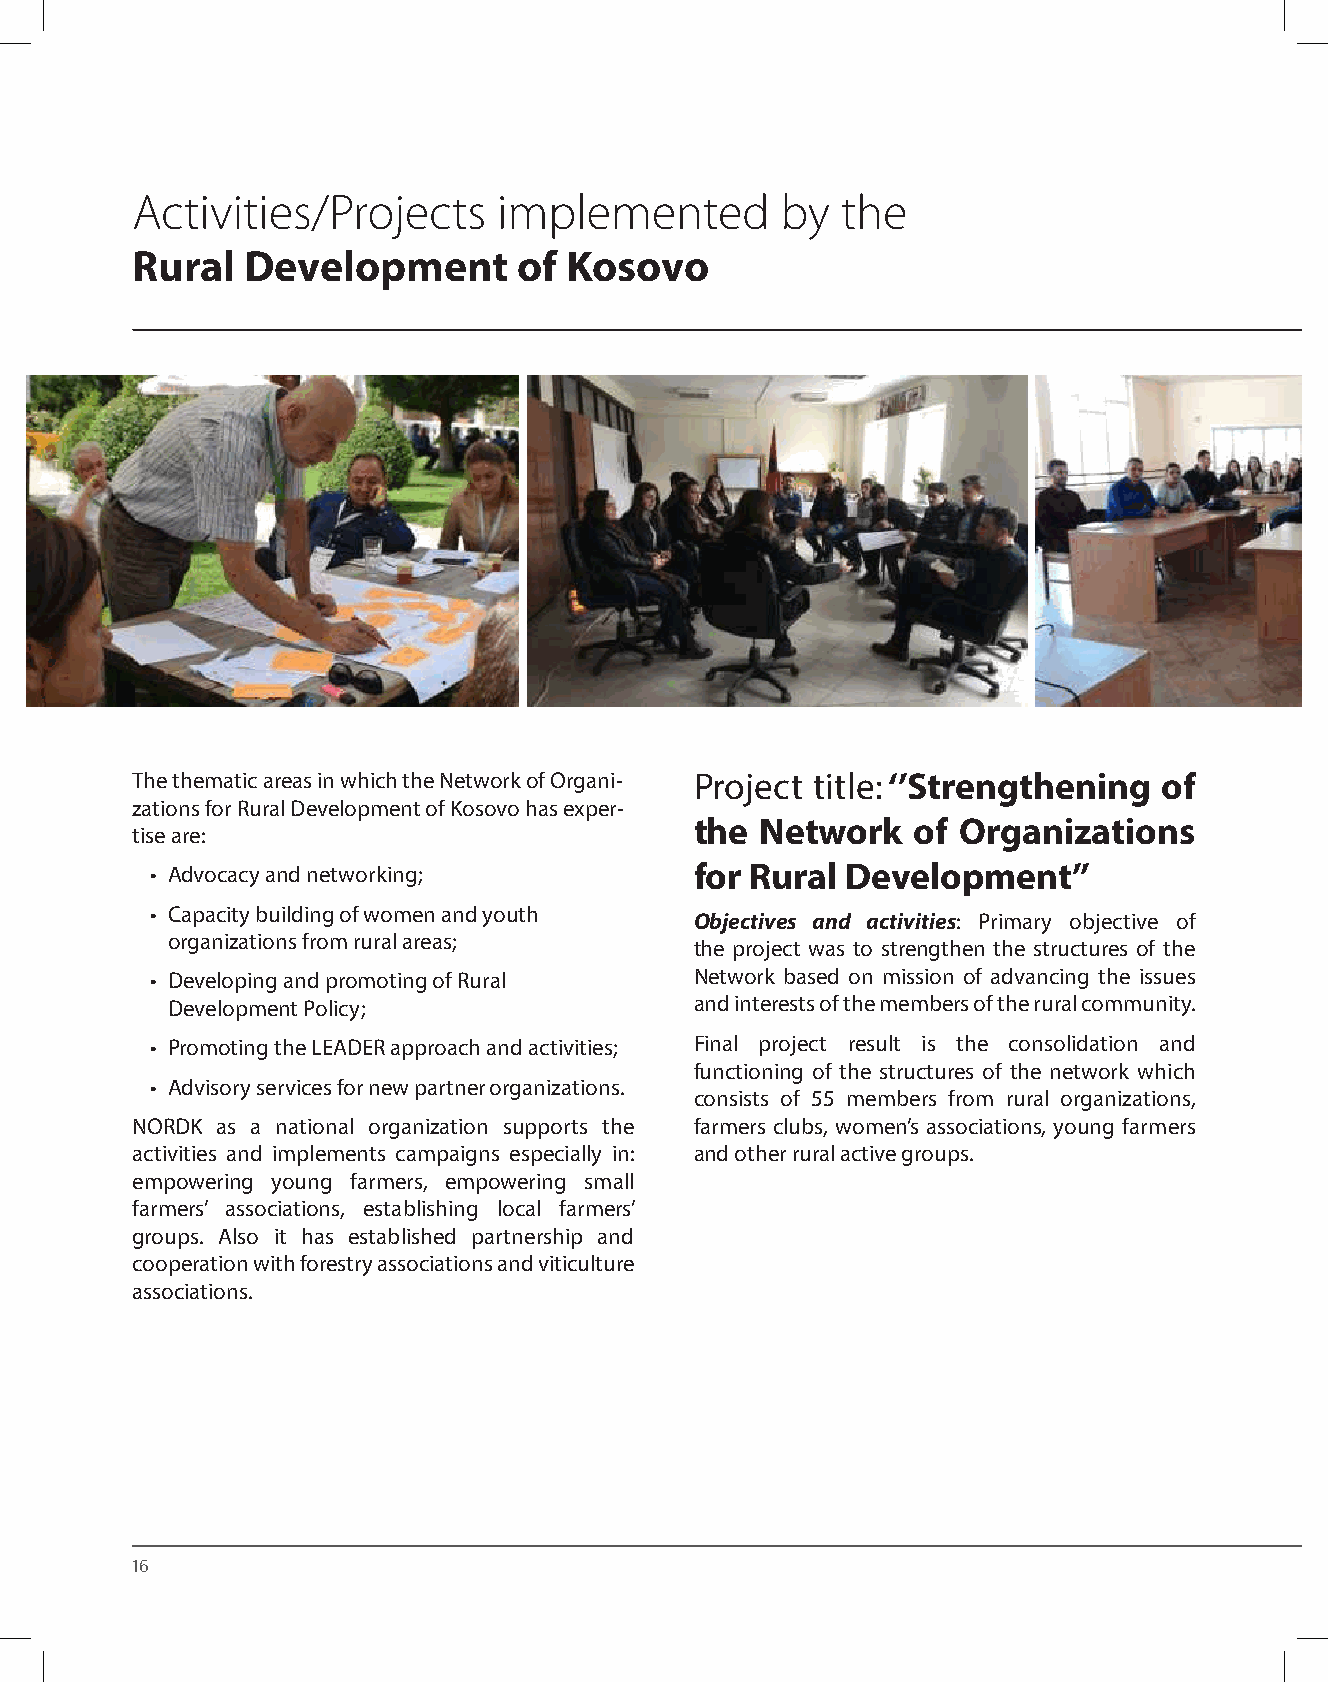
Activities/Projects     implemented        by  the
 Rural  Development       of Kosovo
 The thematic areas in which the Network of Organi- Project title: ‘’Strengthening of
 zations for Rural Development of Kosovo has exper-
 the Network    of Organizations
 tise are:
 • Advocacy and networking;          for Rural Development’’
 • Capacity building of women and youth
 Objectives and activities: Primary objective of
 organizations from rural areas;
 the project was to strengthen the structures of the
 • Developing and promoting of Rural Network based on mission of advancing the issues
 Development Policy;                and interests of the members of the rural community.
 • Promoting the LEADER approach and activities; Final project result is the consolidation and
 functioning of the structures of the network which
 • Advisory services for new partner organizations.
 consists of 55 members from rural organizations,
 NORDK as a national organization supports the farmers clubs, women’s associations, young farmers
 activities and implements campaigns especially in: and other rural active groups.
 empowering young farmers, empowering small
 farmers’ associations, establishing local farmers’
 groups. Also it has established partnership and
 cooperation with forestry associations and viticulture
 associations.
 16